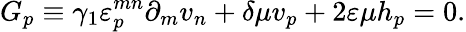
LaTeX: G_{p}\equiv\gamma_{1}\varepsilon_{p}^{mn}\partial_{m}v_{n}+\delta\mu v_{p}+2\varepsilon\mu h_{p}=0.